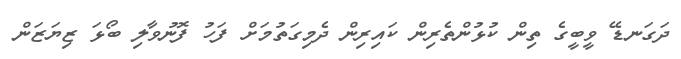
ދަގަނޑޭ ވީބީގެ ތިން ކުޅުންތެރިން ކައިރިން ދެމިގަތުމަށް ފަހު ފޮނުވާލި ބޯޅަ ޒިޔަޒަން